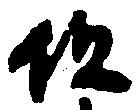
但